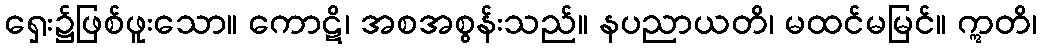
ရှေး၌ဖြစ်ဖူးသော။ ကောဋိ၊ အစအစွန်းသည်။ နပညာယတိ၊ မထင်မမြင်။ ဣတိ၊